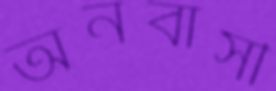
অনবাসী